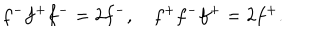
f ^ { - } f ^ { + } f ^ { - } = 2 f ^ { - } , \quad f ^ { + } f ^ { - } f ^ { + } = 2 f ^ { + } .